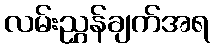
လမ်းညွှန်ချက်အရ